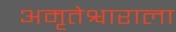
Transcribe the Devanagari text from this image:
अमृतेश्वाराला